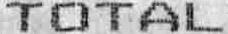
TOTAL